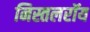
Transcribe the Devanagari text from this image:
निस्तलरॉय